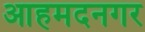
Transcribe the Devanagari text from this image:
आहमदनगर